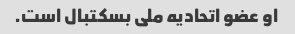
او عضو اتحادیه ملی بسکتبال است.